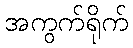
အကွက်ရိုက်